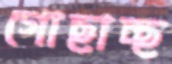
গোছাচ্ছ